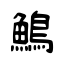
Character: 鷠